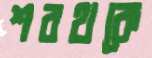
শরথকে